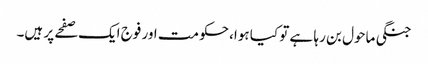
جنگی ماحول بن رہا ہے تو کیا ہوا، حکومت اور فوج ایک صفحے پر ہیں۔